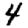
Digit: 4